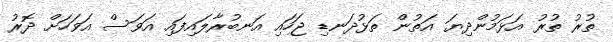
ތުރު ތުރު އަޅަމުންދިޔަ އަތުން ތަޅުދަނޑި ޖަހައި އަނބުރާލައިފައި އަވަސް އަވަހަށް ދޮރު